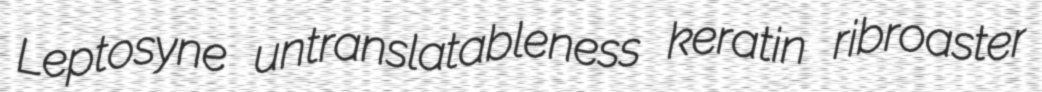
Leptosyne untranslatableness keratin ribroaster